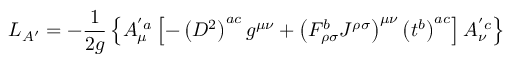
{ \cal { L } } _ { A ^ { \prime } } = - \frac { 1 } { 2 g } \left\{ A _ { \mu } ^ { ' a } \left[ - \left( D ^ { 2 } \right) ^ { a c } g ^ { \mu \nu } + \left( F _ { \rho \sigma } ^ { b } { \cal { J } } ^ { \rho \sigma } \right) ^ { \mu \nu } \left( t ^ { b } \right) ^ { a c } \right] A _ { \nu } ^ { ' c } \right\}